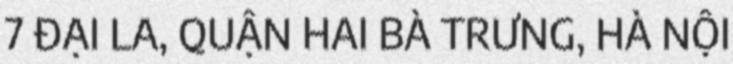
7 ĐẠI LA, QUẬN HAI BÀ TRƯNG, HÀ NỘI